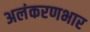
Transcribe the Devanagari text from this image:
अलंकरणभार